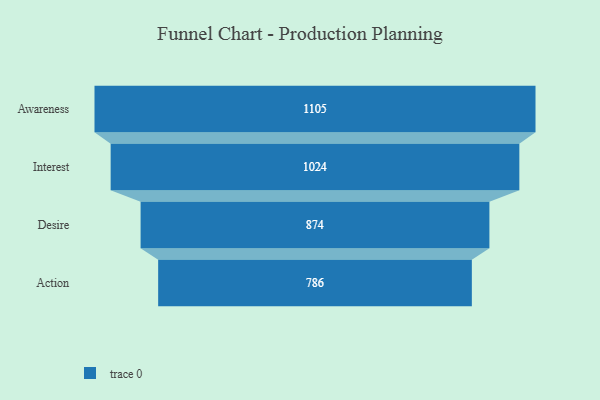
{"axis": {"x": "Stage", "y": "Value"}, "legend": [""], "data": [{"x": "Awareness", "y": 1105.0, "type": ""}, {"x": "Interest", "y": 1024.0, "type": ""}, {"x": "Desire", "y": 874.0, "type": ""}, {"x": "Action", "y": 786.0, "type": ""}]}